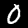
Label: 0